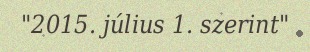
"2015. július 1. szerint"